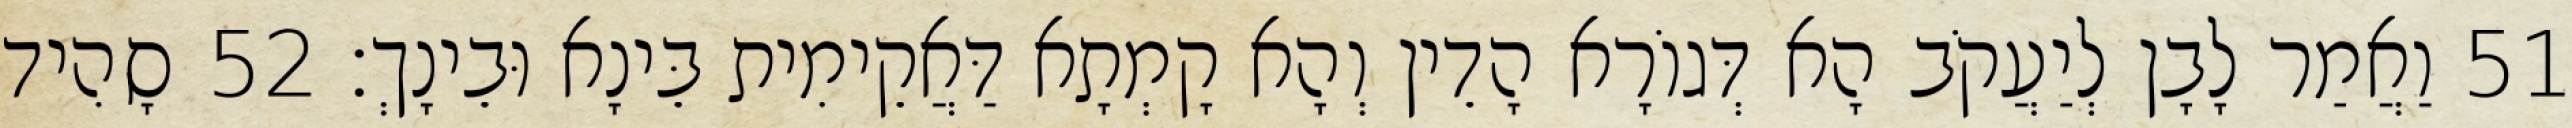
51 וַאֲמַר לָבָן לְיַעֲקֹב הָא דְּגוֹרָא הָדֵין וְהָא קָמְתָא דַּאֲקֵימִית בֵּינָא וּבֵינָךְ׃ 52 סָהִיד